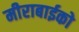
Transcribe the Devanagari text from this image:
मीराबाईको